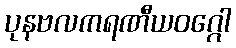
ပုနဗလကရဏီယဝဂ္ဂေါ